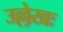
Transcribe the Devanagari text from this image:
उल्लेखः